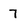
Character: 7